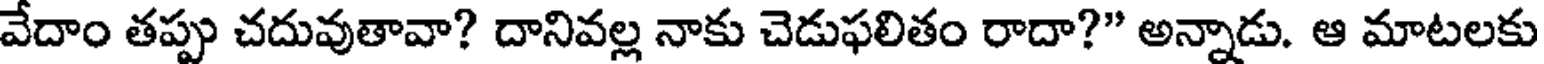
వేదాం తప్పు చదువుతావా? దానివల్ల నాకు చెడుఫలితం రాదా?" అన్నాడు. ఆ మాటలకు